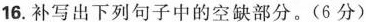
16. 补写出下列句子中的空缺部分。( 6 分 )